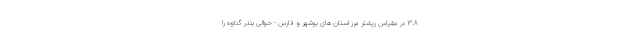
۳.۸ در مقیاس ریشتر مرز استان های بوشهر و فارس - حوالی بندر گناوه را